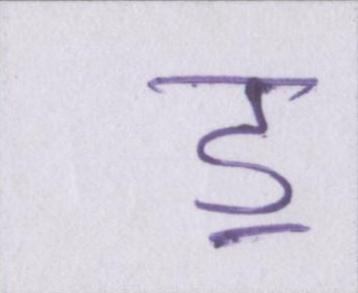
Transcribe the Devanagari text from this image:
ॾ